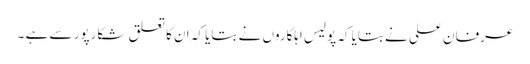
عرفان علی نے بتایا کہ پولیس اہلکاروں نے بتایا کہ ان کا تعلق شکارپور سے ہے ۔